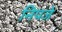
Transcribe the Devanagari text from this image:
निपजे